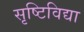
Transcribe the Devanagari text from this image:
सृष्टिविद्या